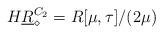
LaTeX: \begin{align*}H \underline{R}^{C_2}_\diamond = R[\mu,\tau]/(2\mu)\end{align*}